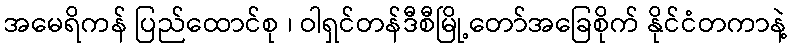
အမေရိကန် ပြည်ထောင်စု ၊ ဝါရှင်တန်ဒီစီမြို့တော်အခြေစိုက် နိုင်ငံတကာနဲ့